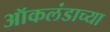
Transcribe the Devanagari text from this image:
ऑकलंडाच्या